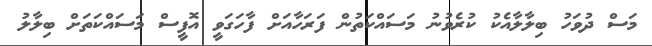
މަސް ދުވަހު ބިލާލާއެކު ކުރެވުނު މަސައްކަތުން ފަރަހާއަށް ފާހަގަވީ އޮފީސް މަސައްކަތަށް ބިލާލު